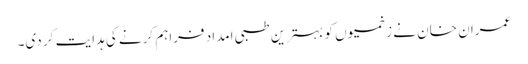
عمران خان نے زخمیوں کو بہترین طبی امداد فراہم کرنے کی ہدایت کر دی۔